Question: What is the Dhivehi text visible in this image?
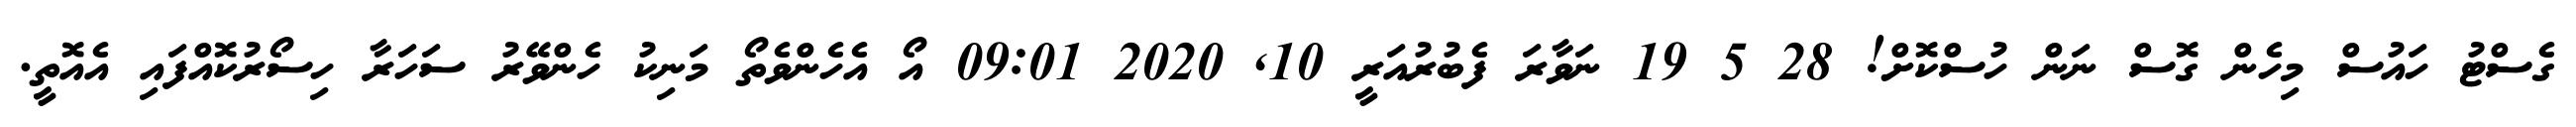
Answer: ގެސްޓު ހައުސް މިހެން ގޮސް ނަން ހުސްކޮށް! 28 5 19 ނަވާރަ ފެބުރުއަރީ 10, 2020 09:01 އޯ އެހެންވެތޯ މަނިކު ހެންވޭރު ސަހަރާ ހިސޯރުކޮއްފައި އެއޮތީ.